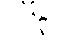
၁ခု